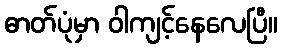
ဓာတ်ပုံမှာ ဝါကျင့်နေလေပြီ။